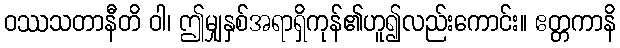
ဝဿသတာနီတိ ဝါ၊ ဤမျှနှစ်အရာရှိကုန်၏ဟူ၍လည်းကောင်း။ ဧတ္တကာနိ